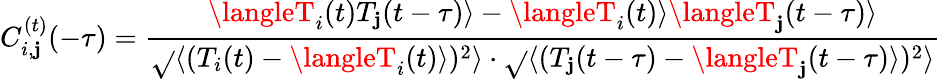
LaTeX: C_{i,\mathbf{j}}^{(t)}(-\tau)=\frac{{\langleT_{i}(t)T_{\mathbf{j}}(t-\tau)\rangle-\langleT_{i}(t)\rangle\langleT_{\mathbf{j}}(t-\tau)\rangle}}{{\sqrt{}{{\langle(T_{i}(t)-\langleT_{i}(t)\rangle)^{2}\rangle}}\cdot\sqrt{}{{\langle(T_{\mathbf{j}}(t-\tau)-\langleT_{\mathbf{j}}(t-\tau)\rangle)^{2}\rangle}}}}